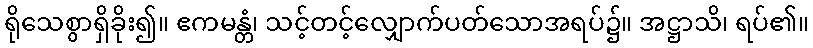
ရိုသေစွာရှိခိုး၍။ ဧကမန္တံ၊ သင့်တင့်လျှောက်ပတ်သောအရပ်၌။ အဋ္ဌာသိ၊ ရပ်၏။